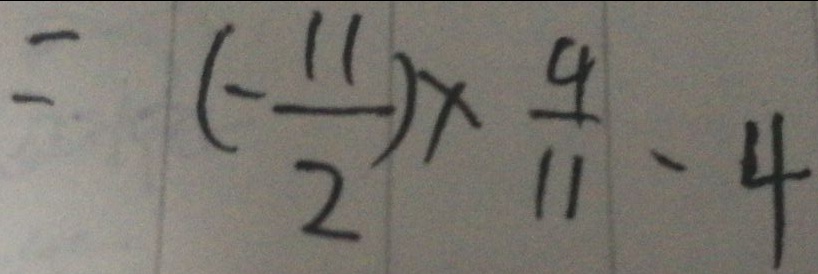
= ( - \frac { 1 1 } { 2 } ) \times \frac { 4 } { 1 1 } - 4